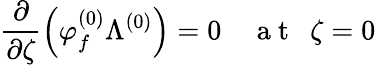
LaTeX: \frac{\partial}{\partial\zeta}\left(\varphi_{f}^{(0)}\Lambda^{(0)}\right)=0~~~~\mathrm{~a~t~}~~\zeta=0